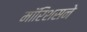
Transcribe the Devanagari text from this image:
मॉरिशसने